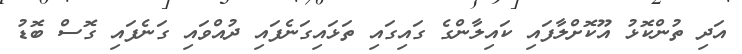
އަދި ތުންކޮޅު އޫކޮށްލާފައި ކައިލާންގެ ގައިގައި ތަޅައިގަނެފައި ދުއްވައި ގަނެފައި ގޮސް ބޮޑު